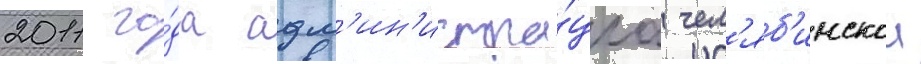
2011 го́да адм'ин'истра́циа чел'яб'инскои